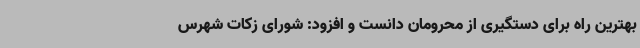
بهترین راه برای دستگیری از محرومان دانست و افزود: شورای زکات شهرس